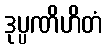
ဒုပ္ပဏိဟိတံ